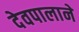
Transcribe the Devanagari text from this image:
देवपालाने